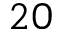
2 0